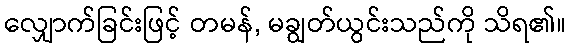
လျှောက်ခြင်းဖြင့် တမန်, မချွတ်ယွင်းသည်ကို သိရ၏။